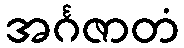
အင်္ဂဇာတံ